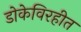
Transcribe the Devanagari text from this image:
डोकेविरहीत